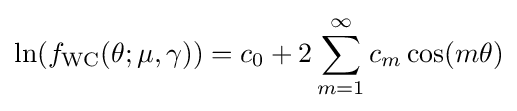
\ln(f_{\text{WC}}(\theta ;\mu ,\gamma ))=c_{0}+2\sum _{m=1}^{\infty }c_{m}\cos(m\theta )